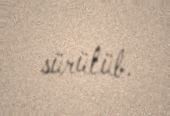
sürülüb.